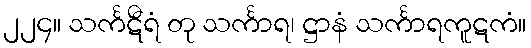
၂၂၄။ သင်္ကဋီရံ တု သင်္ကာရ၊ ဋ္ဌာနံ သင်္ကာရကူဋကံ။